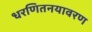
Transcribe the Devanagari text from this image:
धरणितनयावरण